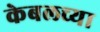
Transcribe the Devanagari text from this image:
केबलच्या